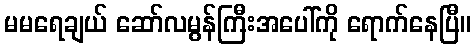
မမရေချယ် ဆော်လမွန်ကြီးအပေါ်ကို ရောက်နေပြီ။